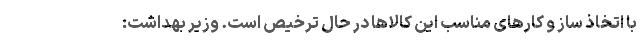
با اتخاذ ساز و کارهای مناسب این کالاها در حال ترخیص است. وزیر بهداشت: